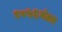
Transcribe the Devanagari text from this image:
१८५६नंतर